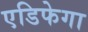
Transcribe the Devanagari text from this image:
एडिफेगा